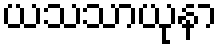
ယသသာယုနာ